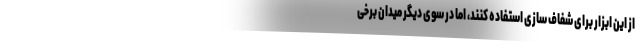
از این ابزار برای شفاف سازی استفاده کنند، اما در سوی دیگر میدان برخی